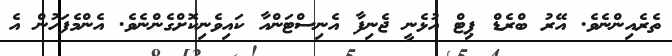
ތެރެއިންނެވެ. އޭރު ބްރެޑް ޕިޓް އުޅެނީ ޖެނިފާ އެނިސްޓަންއާ ކައިވެނިކޮށްގެންނެވެ. އެންމެފަހުން އެ